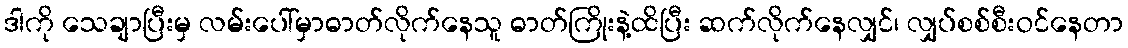
ဒါကို သေချာပြီးမှ လမ်းပေါ်မှာဓာတ်လိုက်နေသူ ဓာတ်ကြိုးနဲ့ထိပြီး ဆက်လိုက်နေလျှင်၊ လျှပ်စစ်စီးဝင်နေတာ